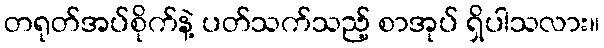
တရုတ်အပ်စိုက်နဲ့ ပတ်သက်သည့် စာအုပ် ရှိပါသလား။